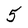
Character: 5